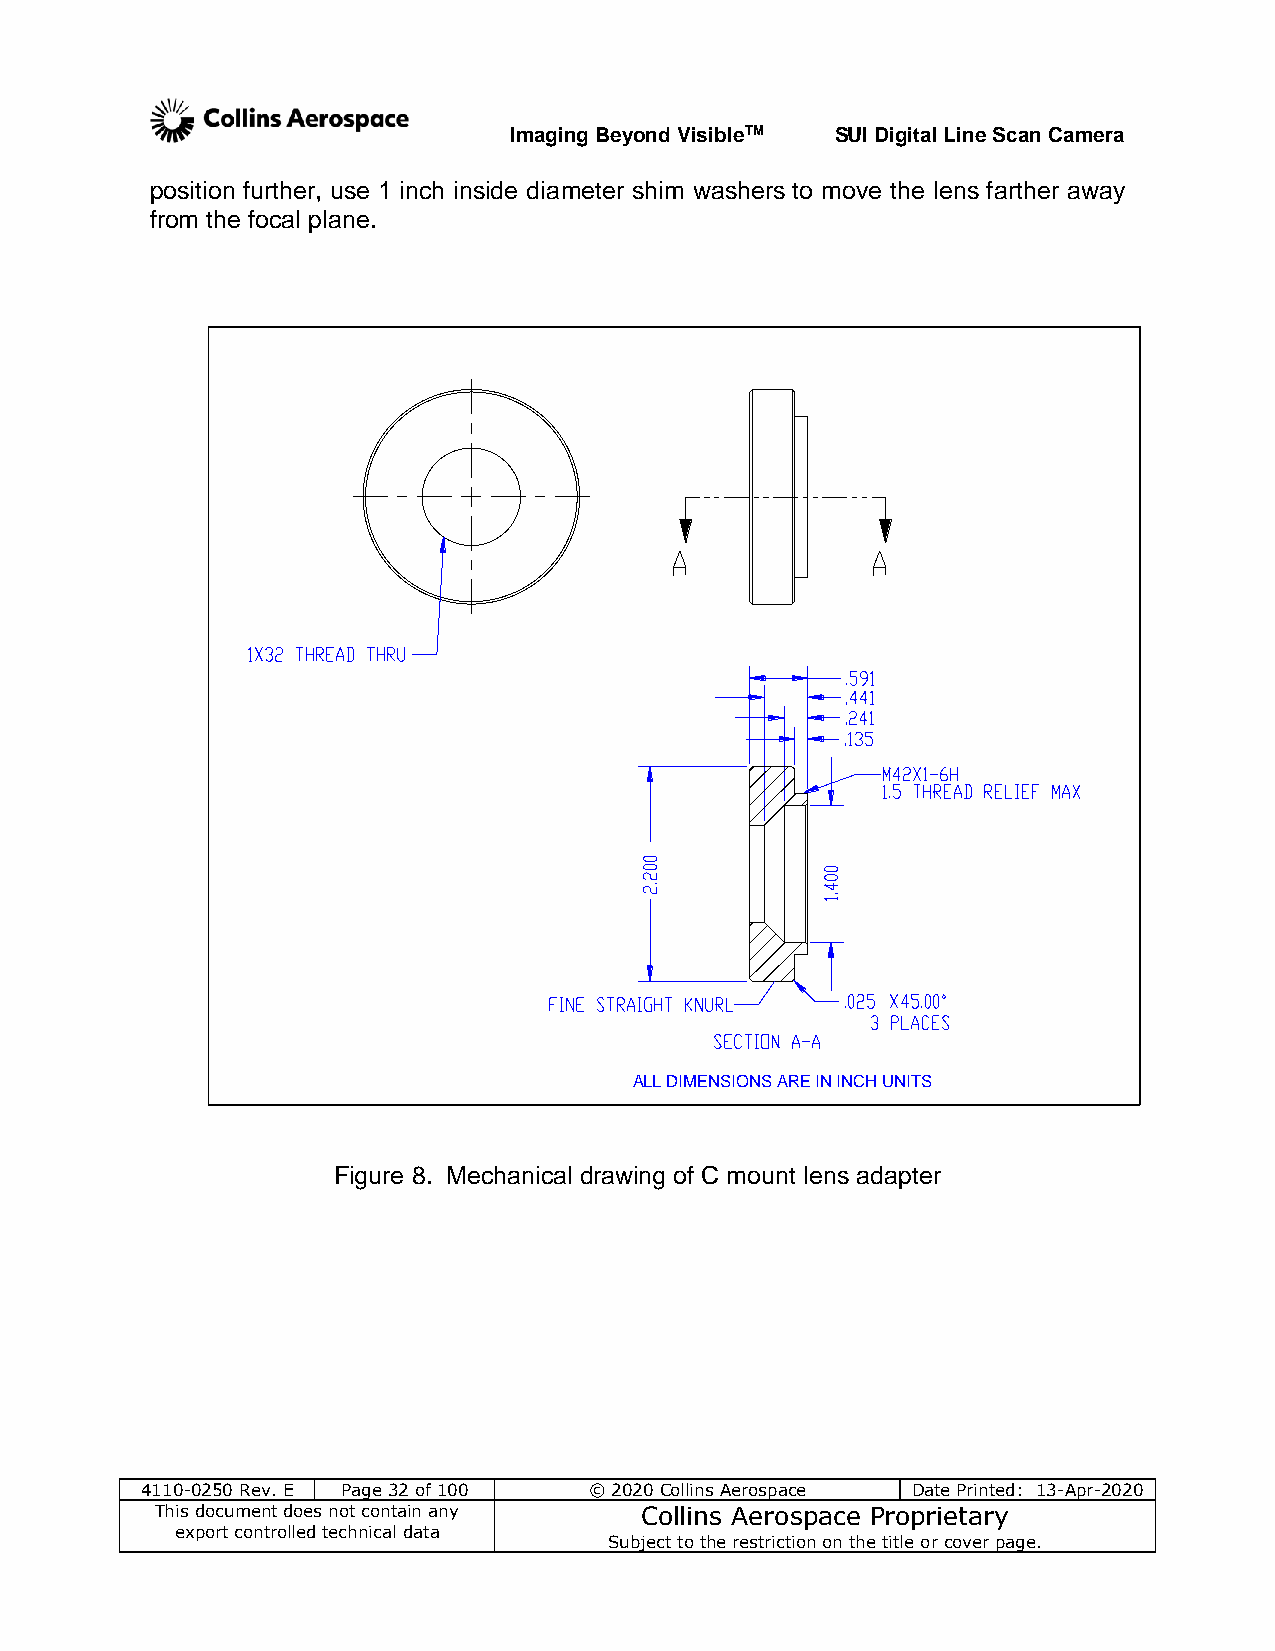
Imaging Beyond VisibleTM SUI Digital Line Scan Camera
 position further, use 1 inch inside diameter shim washers to move the lens farther away
 from the focal plane.
 ALL DIMENSIONS ARE IN INCH UNITS
 Figure 8. Mechanical drawing of C mount lens adapter
 4110-0250 Rev. E Page 32 of 100 © 2020 Collins Aerospace Date Printed: 13-Apr-2020
 This document does not contain any Collins Aerospace Proprietary
 export controlled technical data
 Subject to the restriction on the title or cover page.